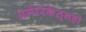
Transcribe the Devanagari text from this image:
अमेरिकेतूनही